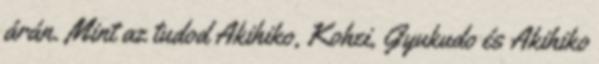
árán. Mint az tudod Akihiko, Kohei, Gyukudo és Akihiko